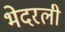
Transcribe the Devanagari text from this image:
भेदरली